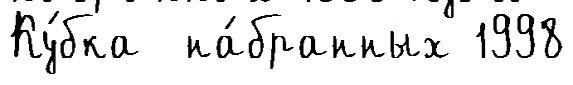
Ку́бка  на́бранных 1998